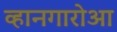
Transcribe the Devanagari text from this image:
व्हानगारोआ